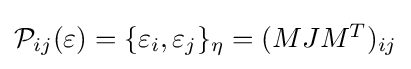
{\textstyle {\mathcal {P}}_{ij}(\varepsilon )=\{\varepsilon _{i},\varepsilon _{j}\}_{\eta }=(MJM^{T})_{ij}}